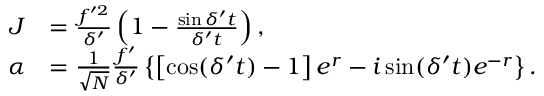
\begin{array} { r l } { J } & { = \frac { f ^ { \prime 2 } } { \delta ^ { \prime } } \left( 1 - \frac { \sin \delta ^ { \prime } t } { \delta ^ { \prime } t } \right) , } \\ { \alpha } & { = \frac { 1 } { \sqrt { N } } \frac { f ^ { \prime } } { \delta ^ { \prime } } \left\{ \left[ \cos ( \delta ^ { \prime } t ) - 1 \right] e ^ { r } - i \sin ( \delta ^ { \prime } t ) e ^ { - r } \right\} . } \end{array}